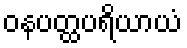
ဝနပတ္ထပရိယာယံ